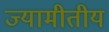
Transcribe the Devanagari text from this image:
ज्यामीतीय